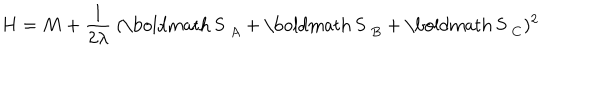
LaTeX: H = M + \frac { 1 } { 2 \lambda } ~ ( \mathrm { \boldmath ~ S ~ } _ { A } + \mathrm { \boldmath ~ S ~ } _ { B } + \mathrm { \boldmath ~ S ~ } _ { C } ) ^ { 2 }